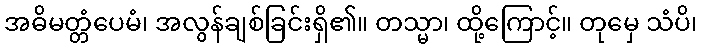
အဓိမတ္တံပေမံ၊ အလွန်ချစ်ခြင်းရှိ၏။ တသ္မာ၊ ထို့ကြောင့်။ တုမှေ သံပိ၊